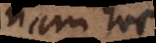
Nam hoc